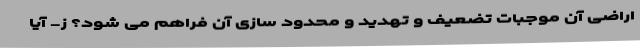
اراضی آن موجبات تضعیف و تهدید و محدود سازی آن فراهم می شود؟ ز- آیا